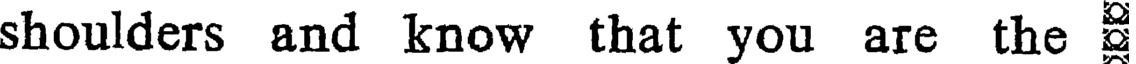
shoulders and know that you are the